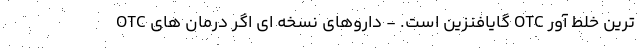
ترین خلط آور OTC گایافنزین است. - داروهای نسخه ای اگر درمان های OTC